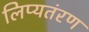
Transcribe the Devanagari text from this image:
लिप्यतंरण